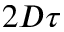
2 D \tau